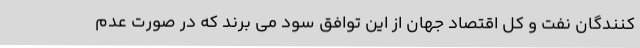
کنندگان نفت و کل اقتصاد جهان از این توافق سود می برند که در صورت عدم